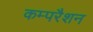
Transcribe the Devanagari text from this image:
कम्परैशन